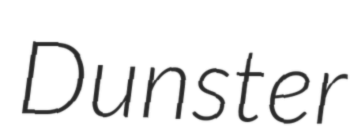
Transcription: Dunster